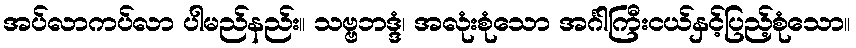
အပ်လာကပ်လာ ပါမည်နည်း။ သဗ္ဗဘဒ္ဒံ၊ အလုံးစုံသော အင်္ဂါကြီးငယ်နှင့်ပြည့်စုံသော။